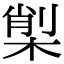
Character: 𣕇